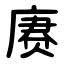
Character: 赓